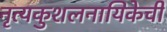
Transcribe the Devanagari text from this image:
नृत्यकुशलनायिकेची